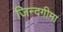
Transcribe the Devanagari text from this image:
जिन्दगीमा